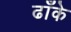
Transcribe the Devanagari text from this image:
ढाँके